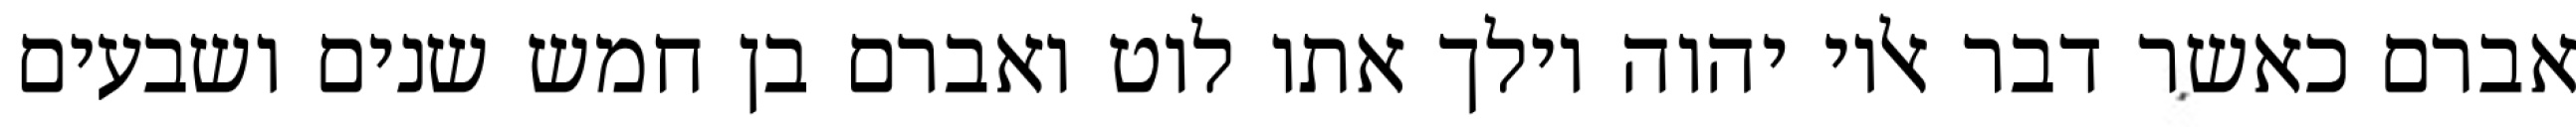
אברם כאשר דבר אליו יהוה וילך אתו לוט ואברם בן חמש שנים ושבעים